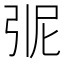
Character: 𭚭